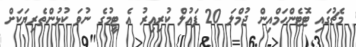
މެޗުގައި ޓޮޓެންހަމްއިން ޖުމްލަ 20 ފައުލް ކުރިއިރު އެ ޓީމުގެ ނުވަ ކުޅުންތެރިޔަކަށް